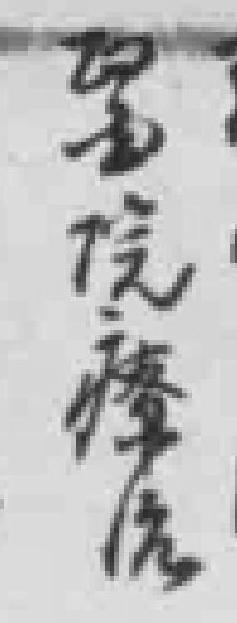
*院療治